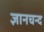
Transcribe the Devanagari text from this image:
ज्ञानचन्द